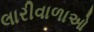
લારીવાળાઓ